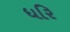
ધરિ